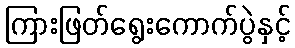
ကြားဖြတ်ရွေးကောက်ပွဲနှင့်